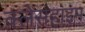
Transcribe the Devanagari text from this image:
क्लेसहाइम